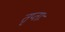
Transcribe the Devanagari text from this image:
तृप्ताः